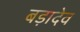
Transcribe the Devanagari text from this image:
बड़ादेव